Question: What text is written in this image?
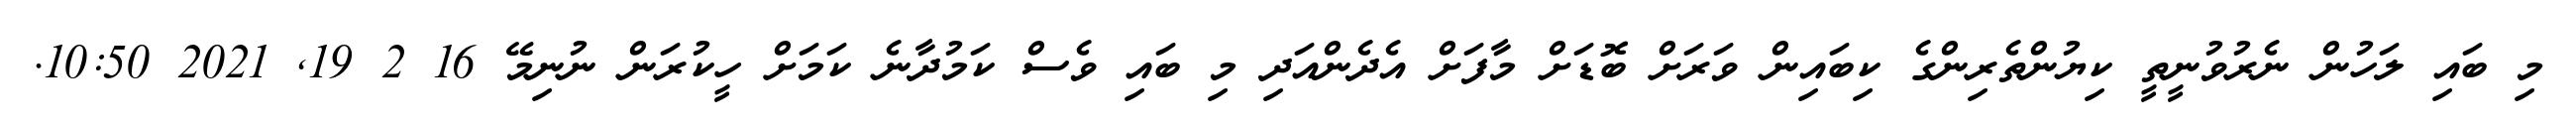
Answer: މި ބައި ލަހުން ނެރުވުނީތީ ކިޔުންތެރިންގެ ކިބައިން ވަރަށް ބޮޑަށް މާފަށް އެދެންއަދި މި ބައި ވެސް ކަމުދާނެ ކަމަށް ހީކުރަން ނުނިމޭ 16 2 19, 2021 10:50.